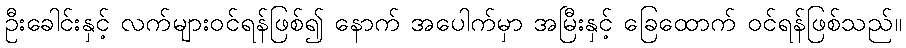
ဦးခေါင်းနှင့် လက်များဝင်ရန်ဖြစ်၍ နောက် အပေါက်မှာ အမြီးနှင့် ခြေထောက် ဝင်ရန်ဖြစ်သည်။